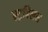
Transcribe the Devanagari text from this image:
स्ट्रबिलस